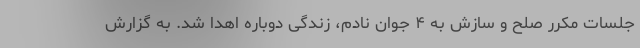
جلسات مکرر صلح و سازش به ۴ جوان نادم، زندگی دوباره اهدا شد. به گزارش